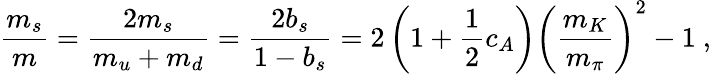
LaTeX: \frac{m_{s}}{m}=\frac{2m_{s}}{m_{u}+m_{d}}=\frac{2b_{s}}{1-b_{s}}=2\left(1+\frac{1}{2}c_{A}\right)\left(\frac{m_{K}}{m_{\pi}}\right)^{2}-1~,